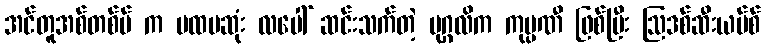
အင်တူအစ်တစ်ဗ် က ပထမဆုံး လပေါ် ဆင်းသက်တဲ့ ပုဂ္ဂလိက ကုမ္ပဏီ ဖြစ်ပြီး ဩဒစ်ဆီးယပ်စ်